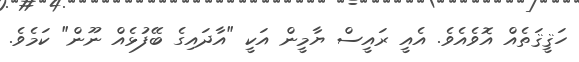
ހަޤީޤަތެއް އޮވެއެވެ. އެއީ ރައީސް ޔާމީން އަކީ "އާދައިގެ ބޭފުޅެއް ނޫން" ކަމެވެ.